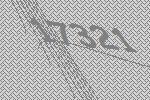
17321